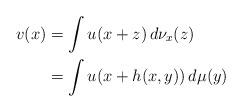
LaTeX: \begin{align*}v(x)&=\int u(x+z) \,d\nu_x(z)\\&=\int u(x+h(x,y)) \,d\mu(y)\\\end{align*}